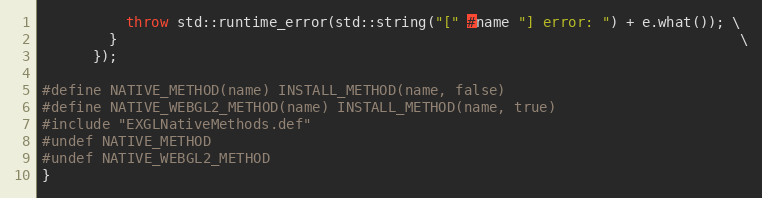
Language: C++
          throw std::runtime_error(std::string("[" #name "] error: ") + e.what()); \
        }                                                                          \
      });

#define NATIVE_METHOD(name) INSTALL_METHOD(name, false)
#define NATIVE_WEBGL2_METHOD(name) INSTALL_METHOD(name, true)
#include "EXGLNativeMethods.def"
#undef NATIVE_METHOD
#undef NATIVE_WEBGL2_METHOD
}